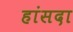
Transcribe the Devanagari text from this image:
हांसदा